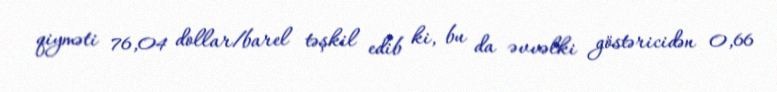
qiyməti 76,04 dollar/barel təşkil edib ki, bu da əvvəlki göstəricidən 0,66